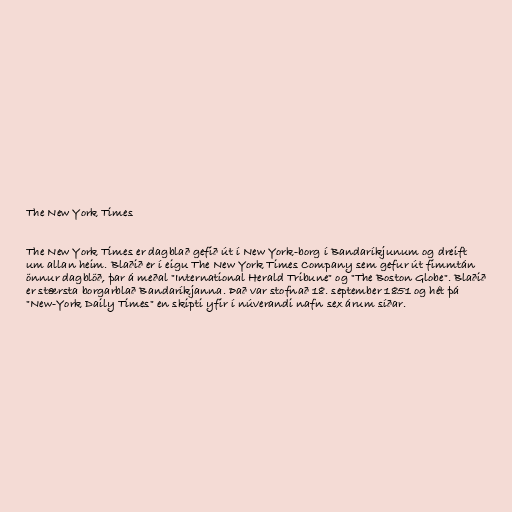
The New York Times

The New York Times er dagblað gefið út í New York-borg í Bandaríkjunum og dreift
um allan heim. Blaðið er í eigu The New York Times Company sem gefur út fimmtán
önnur dagblöð, þar á meðal "International Herald Tribune" og "The Boston Globe". Blaðið
er stærsta borgarblað Bandaríkjanna. Það var stofnað 18. september 1851 og hét þá
"New-York Daily Times" en skipti yfir í núverandi nafn sex árum síðar.